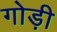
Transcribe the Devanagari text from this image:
गोड़ी